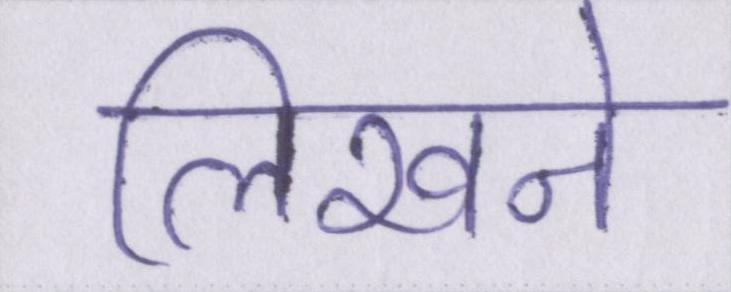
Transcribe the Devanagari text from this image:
लिखने